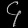
Digit: ၄